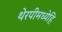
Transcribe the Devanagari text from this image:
थेरपीमध्येहि